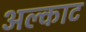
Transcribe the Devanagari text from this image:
अल्काट